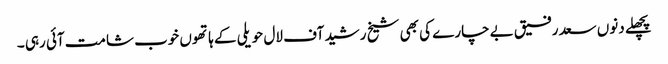
پچھلے دنوں سعد رفیق بے چارے کی بھی شیخ رشید آف لال حویلی کے ہاتھوں خوب شامت آئی رہی ۔